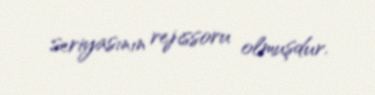
seriyasının rejissoru olmuşdur.